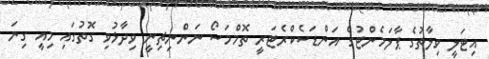
އިޓަލީ ވިލާތުގެ ޕާލަމެންޓުގެ އަންޑަސެކްރެޓަރީ ތޮމްމަސޯ ނަންނިޗިނީ ވިދާޅުވި ގޮތުގައި މިއީ ގިނަ